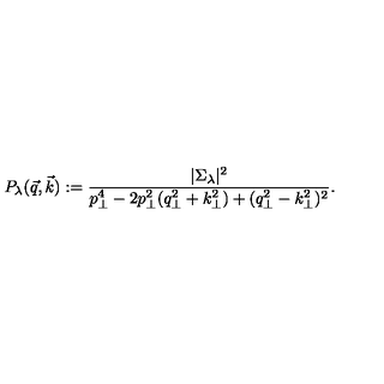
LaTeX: P _ { \lambda } ( \vec { q } , \vec { k } ) : = { \frac { | \Sigma _ { \lambda } | ^ { 2 } } { p _ { \perp } ^ { 4 } - 2 p _ { \perp } ^ { 2 } ( q _ { \perp } ^ { 2 } + k _ { \perp } ^ { 2 } ) + ( q _ { \perp } ^ { 2 } - k _ { \perp } ^ { 2 } ) ^ { 2 } } } .